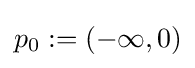
p_{0}:=(-\infty ,0)